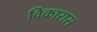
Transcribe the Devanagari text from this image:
विकारास